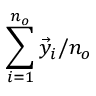
\sum _ { i = 1 } ^ { n _ { o } } \vec { y } _ { i } / n _ { o }